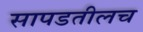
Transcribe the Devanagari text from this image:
सापडतीलच